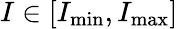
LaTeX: I\in[I_{\mathrm{min}},I_{\mathrm{max}}]